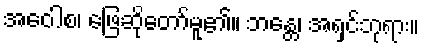
အဝေါစ၊ ဖြေဆိုတော်မူ၏။ ဘန္တေ၊ အရှင်ဘုရား။